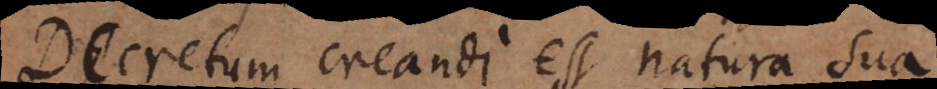
Decretum creandi est natura sua